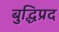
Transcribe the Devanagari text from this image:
बुद्धिप्रद